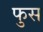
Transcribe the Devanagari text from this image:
फुस